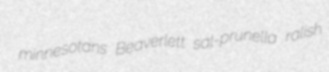
minnesotans Beaverlett sal-prunella ralish